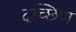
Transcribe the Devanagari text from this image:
दच्छिण